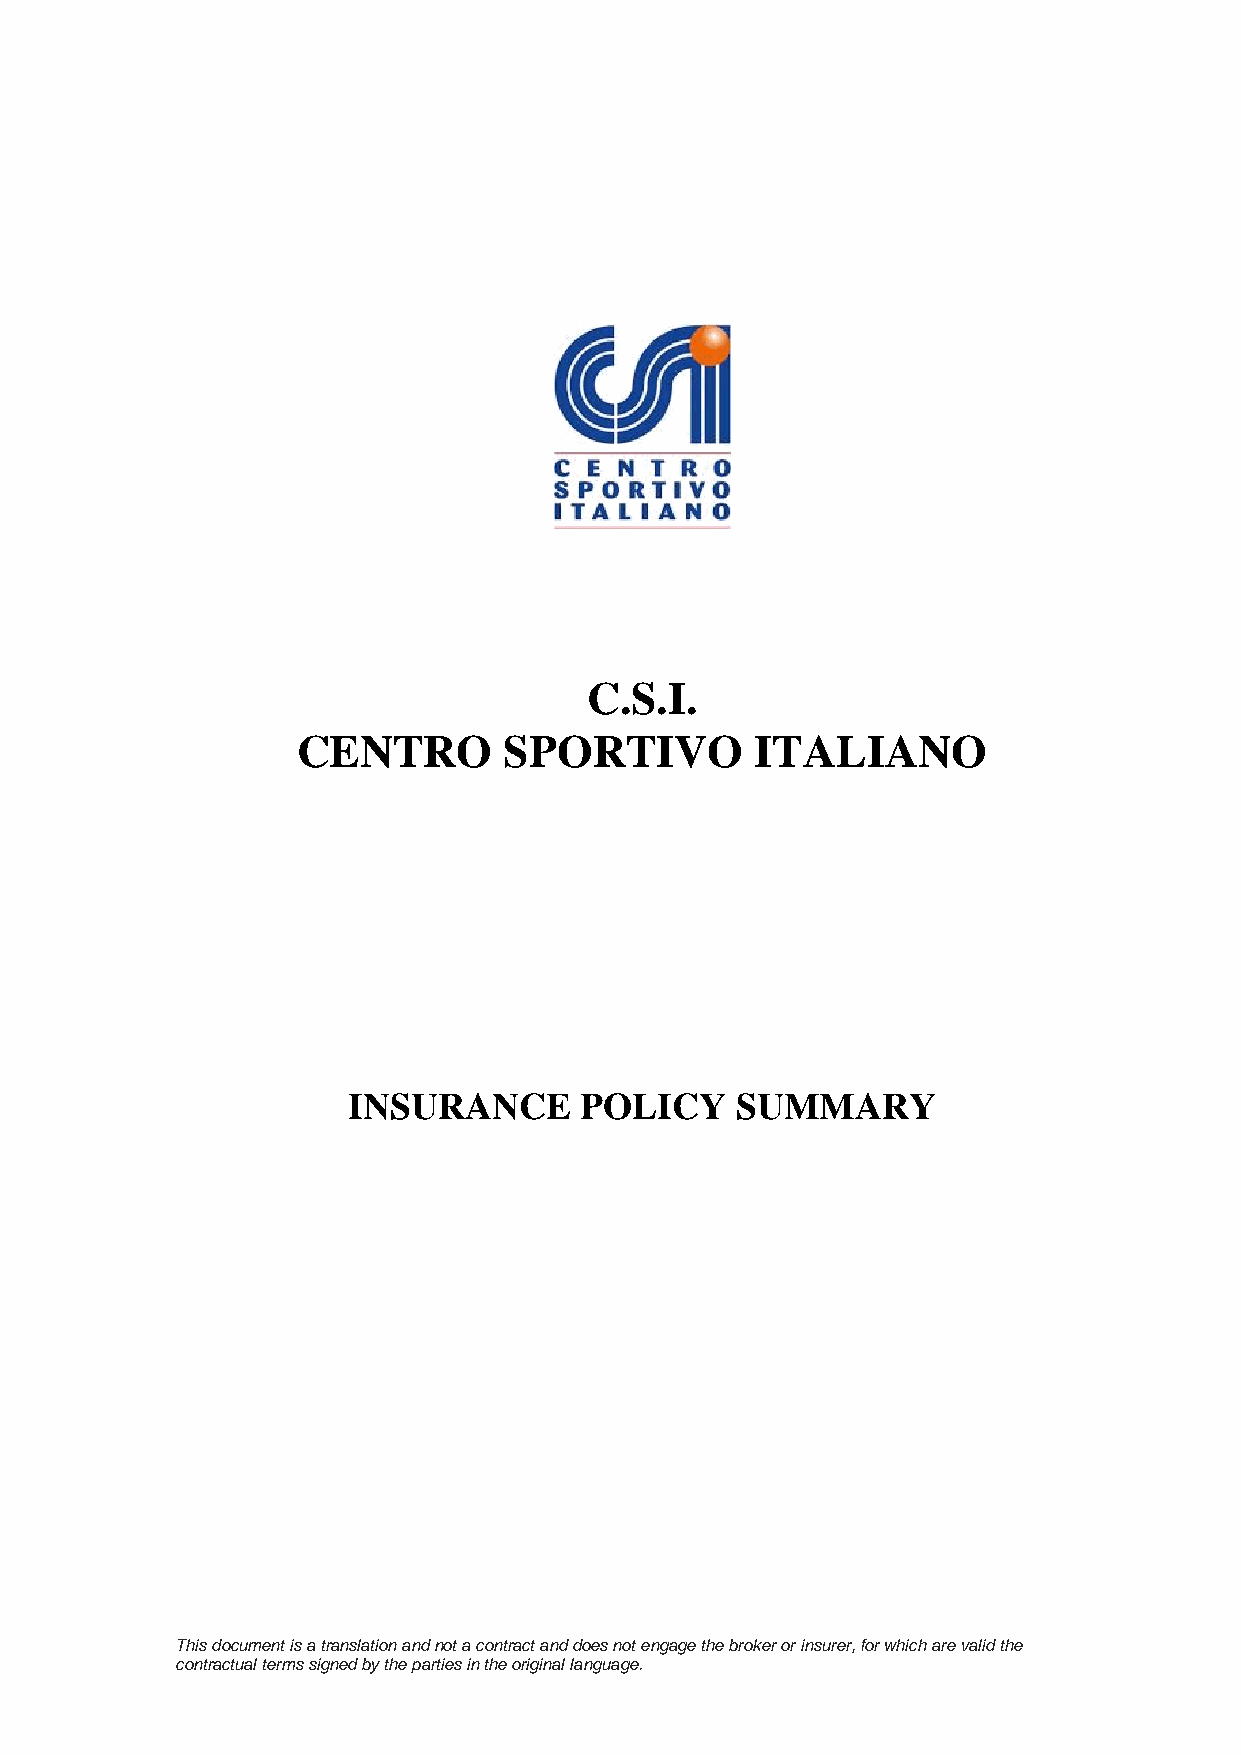
C.S.I.
 CENTRO       SPORTIVO         ITALIANO
 INSURANCE      POLICY     SUMMARY
 This document is a translation and not a contract and does not engage the broker or insurer, for which are valid the
 contractual terms signed by the parties in the original language.